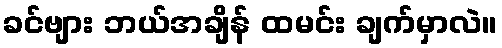
ခင်ဗျား ဘယ်အချိန် ထမင်း ချက်မှာလဲ။